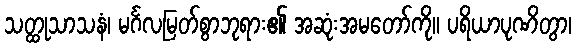
သတ္ထုသာသနံ၊ မင်္ဂလမြတ်စွာဘုရား၏ အဆုံးအမတော်ကို။ ပရိယာပုဏိတွာ၊